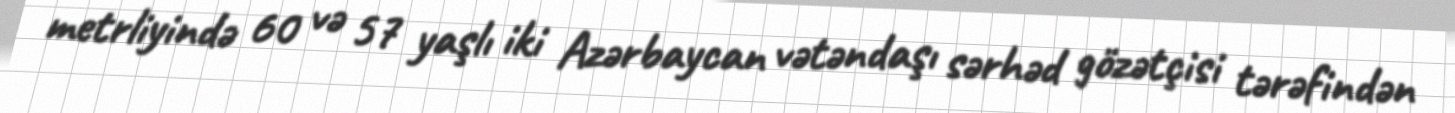
metrliyində 60 və 57 yaşlı iki Azərbaycan vətəndaşı sərhəd gözətçisi tərəfindən